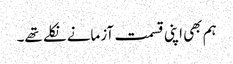
ہم بھی اپنی قسمت آزمانے نکلے تھے۔